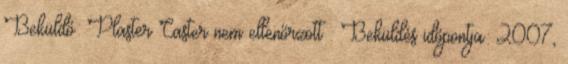
Beküldő: Plaster Caster nem ellenőrzött . Beküldés időpontja: 2007,